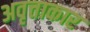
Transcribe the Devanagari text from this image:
अवृत्ताकार